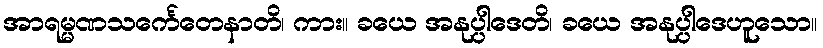
အာရမ္မဏသင်္ကေတေနာတိ၊ ကား။ ခယေ အနုပ္ပါဒေတိ၊ ခယေ အနုပ္ပါဒေဟူသော။